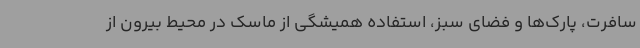
سافرت، پارک‌ها و فضای سبز، استفاده همیشگی از ماسک در محیط بیرون از